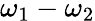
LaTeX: \omega_{1}-\omega_{2}